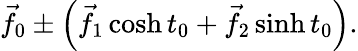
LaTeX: {\vec{f}}_{0}\pm\left({\vec{f}}_{1}\cosh t_{0}+{\vec{f}}_{2}\sinh t_{0}\right).